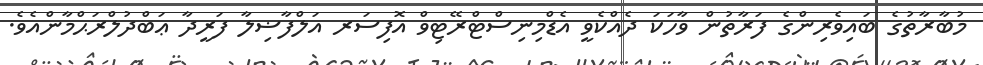
މުބާރާތުގެ ބައިވެރިންގެ ފަރާތުން ވާހަކަ ދެއްކެވީ އެޑްމިނިސްޓްރޭޓިވް އޮފިސަރ އަލްފާޟިލާ ފަރީދާ ޢަބްދުލްރަޙްމާންއެވެ.